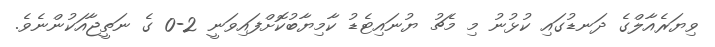
ވިޔަރެއާލްގެ ދަނޑުގައި ކުޅުނު މި މެޗު ޔުނައިޓެޑު ކާމިޔާބުކޮށްފައިވަނީ 2-0 ގެ ނަތީޖާއަކުންނެވެ.